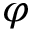
\varphi